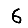
Digit: 6